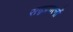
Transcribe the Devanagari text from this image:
सद्प्रयत्नों